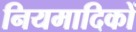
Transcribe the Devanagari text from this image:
नियमादिकों